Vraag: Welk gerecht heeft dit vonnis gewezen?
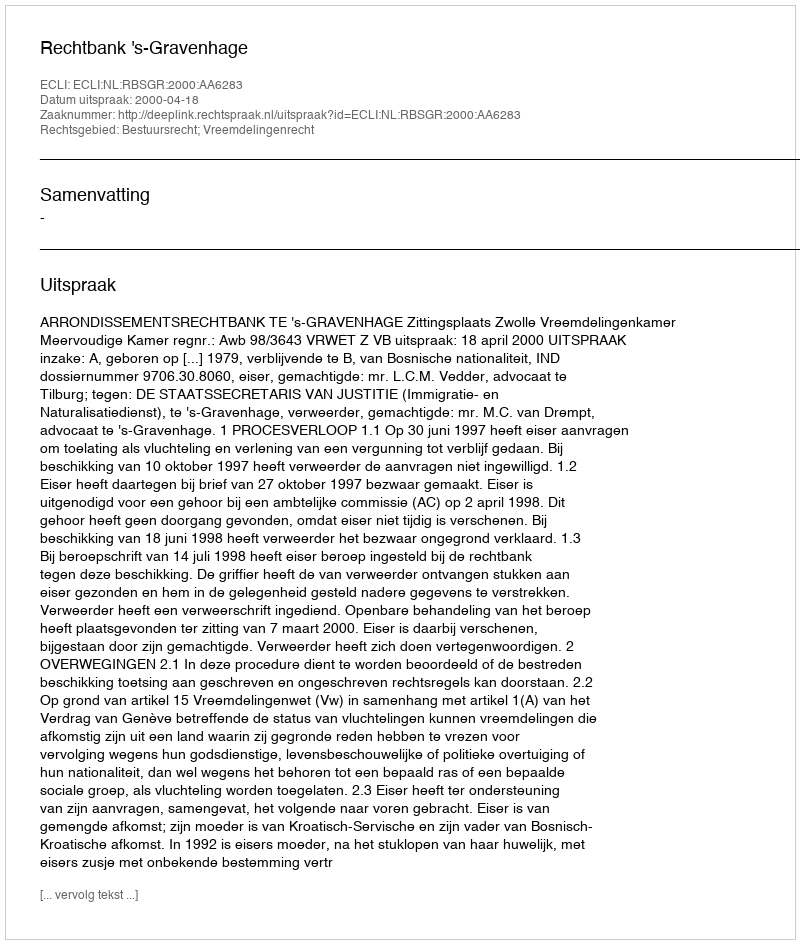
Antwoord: Rechtbank 's-Gravenhage